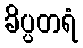
ခိပ္ပတရံ